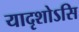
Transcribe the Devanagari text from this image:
यादृशोऽसि